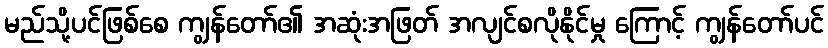
မည်သို့ပင်ဖြစ်စေ ကျွန်တော်၏ အဆုံးအဖြတ် အလျင်စလိုနိုင်မှု ကြောင့် ကျွန်တော်ပင်